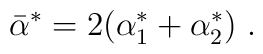
\bar\alpha^* = 2(\alpha_1^* + \alpha_2^*)~.